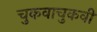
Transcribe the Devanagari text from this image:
चुकवाचुकवी